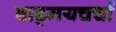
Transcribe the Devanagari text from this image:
वाड्मयचर्चा